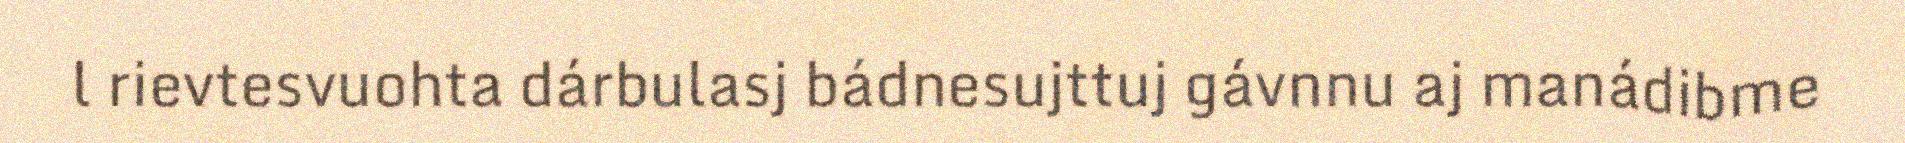
l rievtesvuohta dárbulasj bádnesujttuj gávnnu aj manádibme